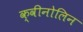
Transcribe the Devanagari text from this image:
क्वीनोलिन